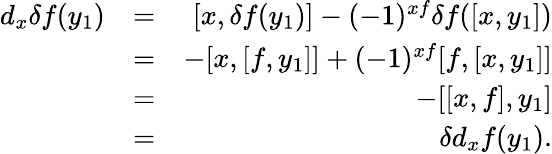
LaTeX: \begin{array}{rlr}{d_{x}\delta f(y_{1})}&{=}&{[x,\delta f(y_{1})]-(-1)^{xf}\delta f([x,y_{1}])}\\ &{=}&{-[x,[f,y_{1}]]+(-1)^{xf}[f,[x,y_{1}]]}\\ &{=}&{-[[x,f],y_{1}]}\\ &{=}&{\delta d_{x}f(y_{1}).}\end{array}